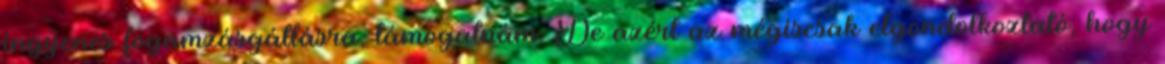
ingyenes fogamzásgátlásra, támogatnám. De azért az mégiscsak elgondolkoztató, hogy